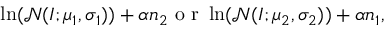
\ln ( \mathcal { N } ( I ; \mu _ { 1 } , \sigma _ { 1 } ) ) + \alpha n _ { 2 } \textnormal { o r } \ln ( \mathcal { N } ( I ; \mu _ { 2 } , \sigma _ { 2 } ) ) + \alpha n _ { 1 } ,